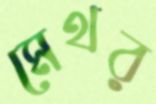
মেথর